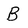
Character: B